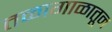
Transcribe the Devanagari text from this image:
तळागाळातून